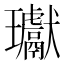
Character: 瓛